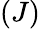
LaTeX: (J)